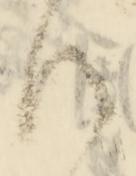
御